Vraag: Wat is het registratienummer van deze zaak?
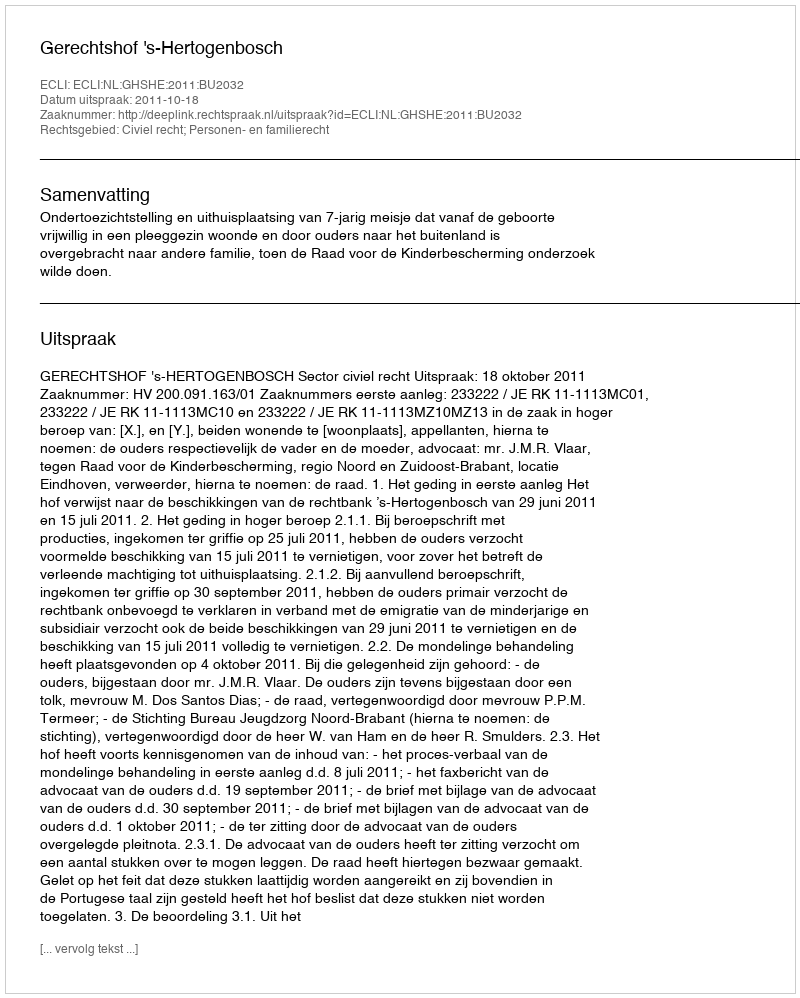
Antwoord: http://deeplink.rechtspraak.nl/uitspraak?id=ECLI:NL:GHSHE:2011:BU2032